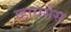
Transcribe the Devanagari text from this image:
व्हायसेस